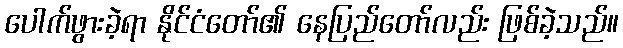
ပေါက်ဖွားခဲ့ရာ နိုင်ငံတော်၏ နေပြည်တော်လည်း ဖြစ်ခဲ့သည်။